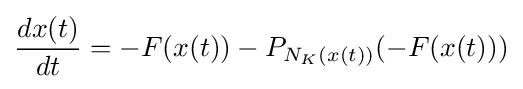
{\frac {dx(t)}{dt}}=-F(x(t))-P_{N_{K}(x(t))}(-F(x(t)))